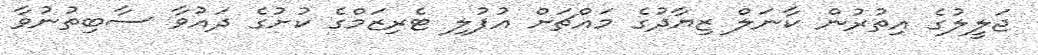
ޖަލީލުގެ އިތުރުން ކާނަލް ޒިޔާދުގެ މައްޗަށް އުފުލި ޓެރިޒަމްގެ ކުށުގެ ދައުވާ ސާބިތުނުވާ